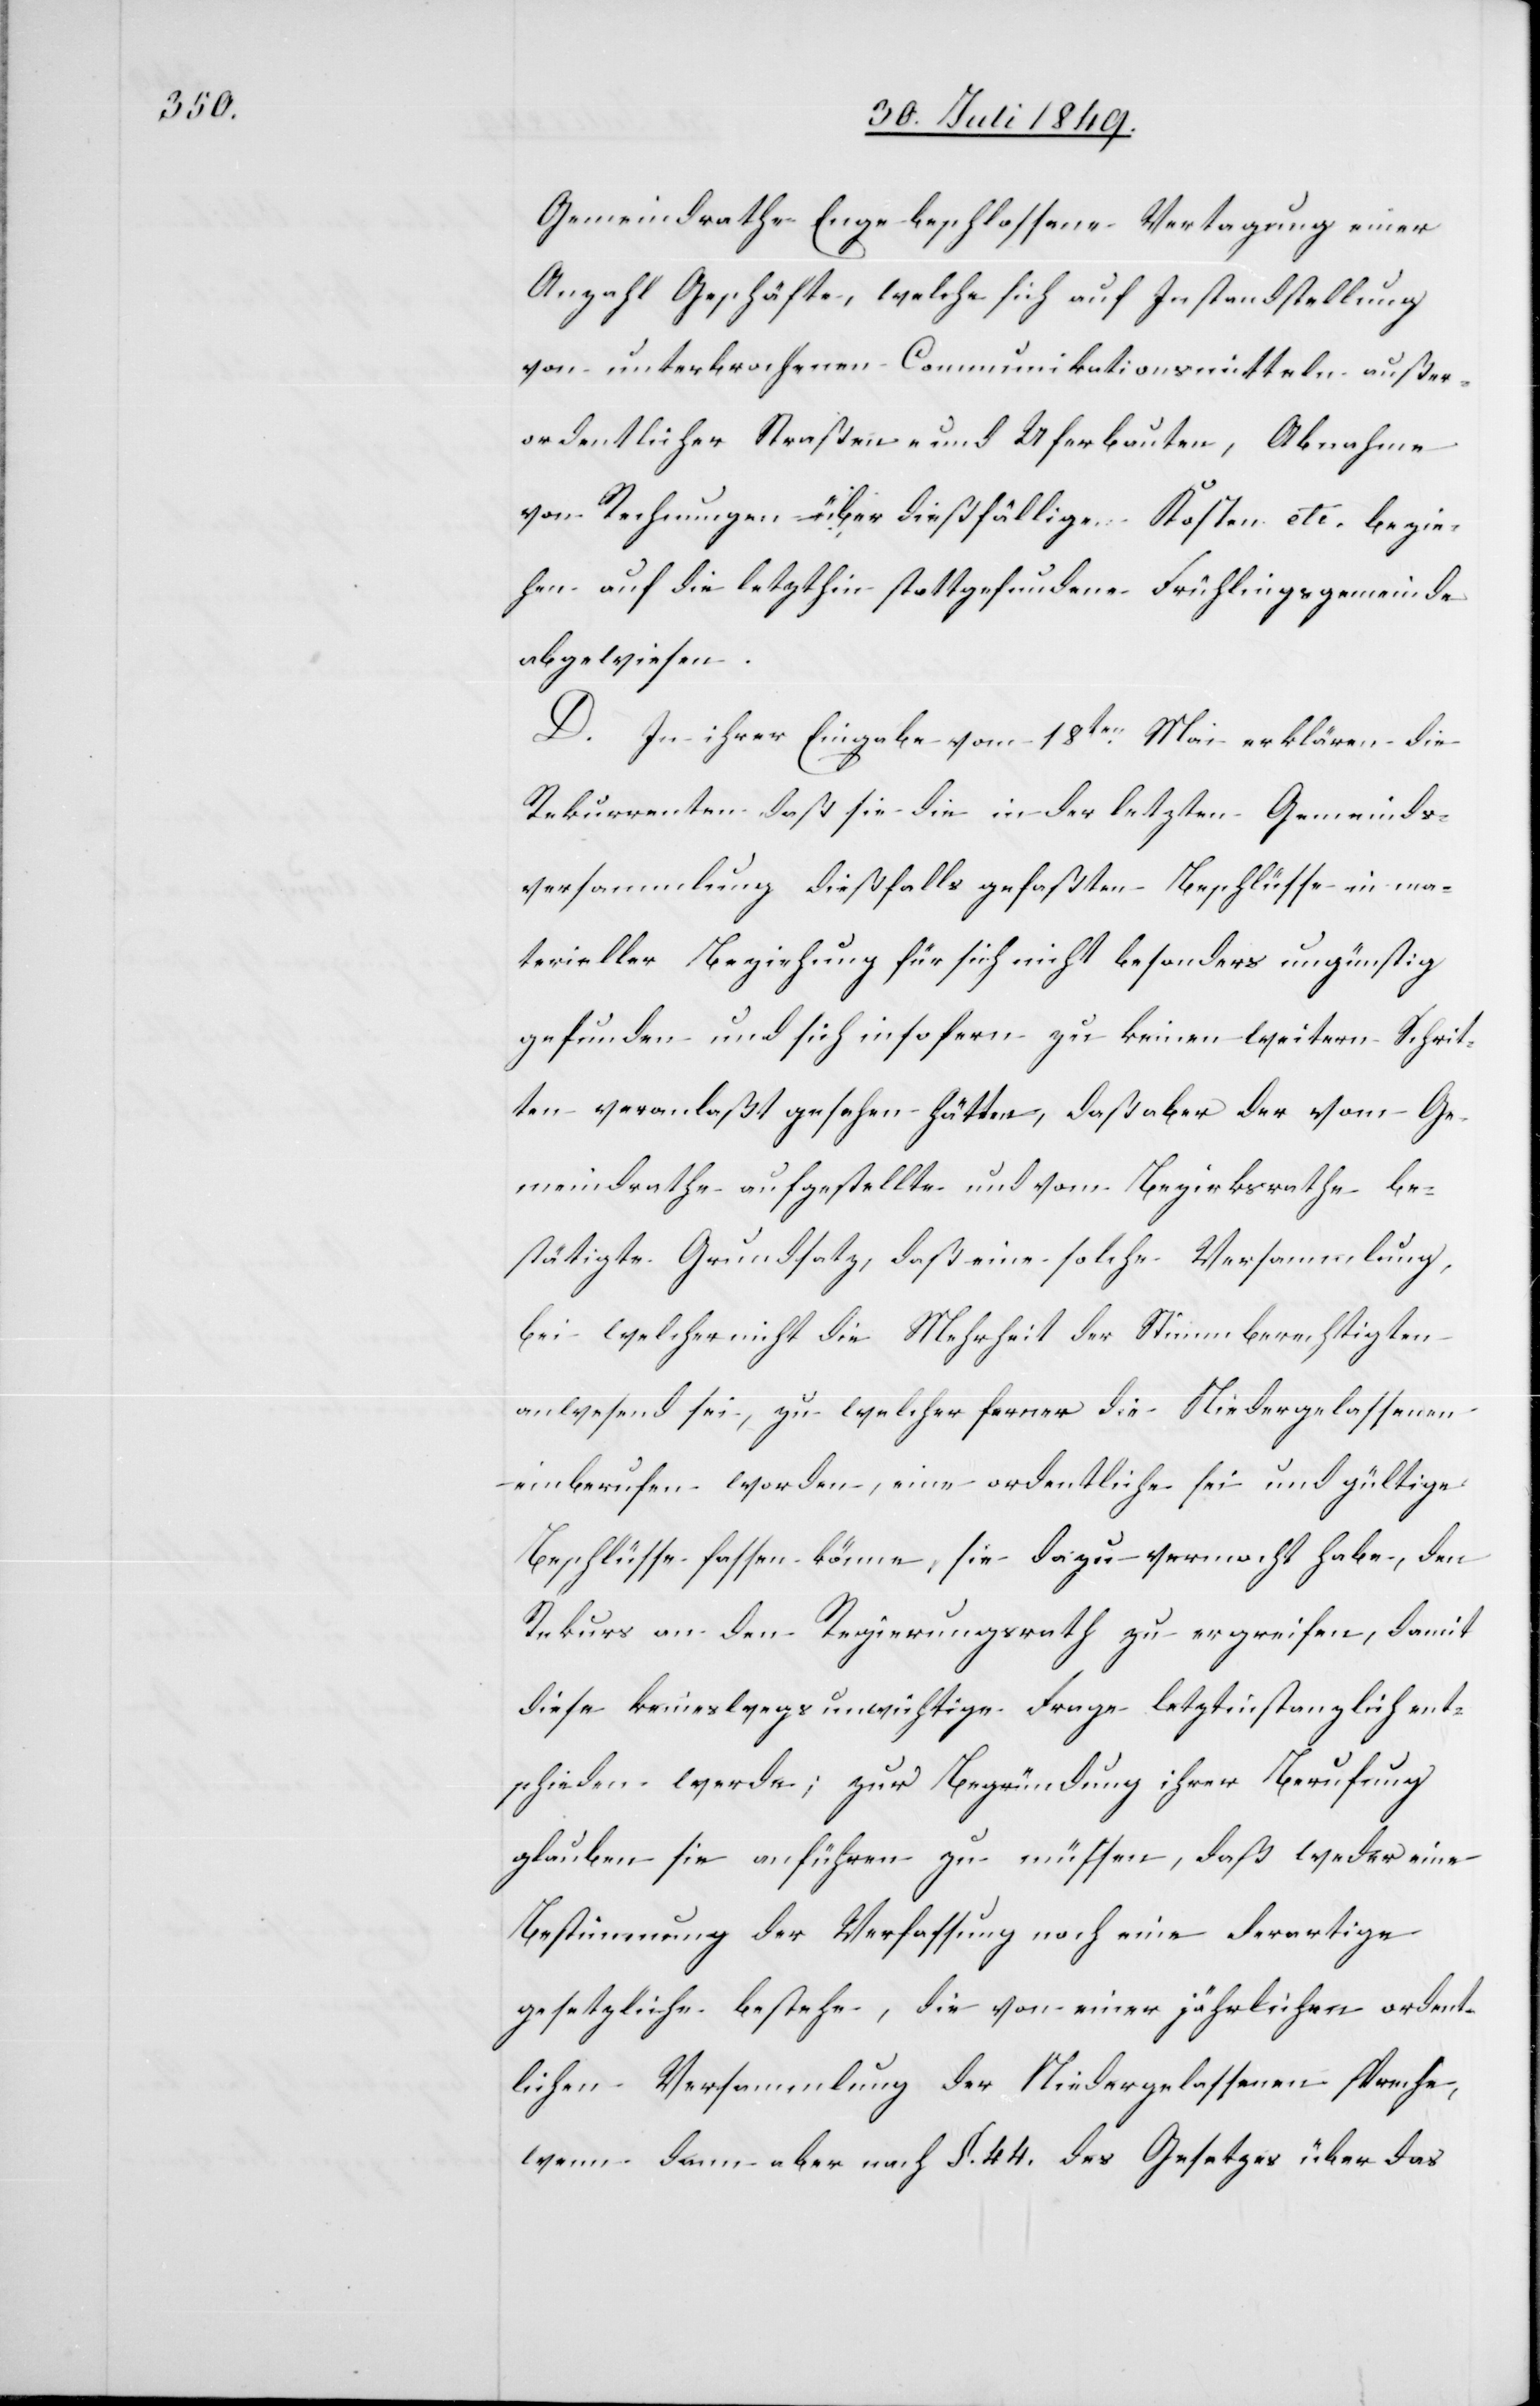
Gemeindrathe Enge beschlossene Vertagung einer
Anzahl Geschäfte, welche sich auf Instandstellung
von unterbrochenen Communikationsmitteln außer¬
ordentlicher Straßen- und Uferbauten, Abnahme
von Rechnungen über dießfällige Kosten etc. bezie¬
hen auf die letzthin stattgefundene Frühlingsgemeinde
abgewiesen.
D. In ihrer Eingabe vom 18ten Mai erklären die
Rekurrenten daß sie die in der letzten Gemeinds¬
versammlung dießfalls gefaßten Beschlüsse in ma¬
terieller Beziehung für sich nicht besonders ungünstig
gefunden und sich insofern zu keinen weitern Schrit¬
ten veranlaßt gesehen hätten, daß aber der vom Ge¬
meindrathe aufgestellte und vom Bezirksrathe be¬
stätigte Grundsatz, daß eine solche Versammlung,
bei welcher nicht die Mehrheit der Stimmberechtigten
anwesend sei, zu welcher ferner die Niedergelassenen
einberufen worden, eine ordentliche sei und gültige
Beschlüsse fassen könne, sie dazu vermacht habe, den
Rekurs an den Regierungsrath zu ergreifen, damit
diese keineswegs unwichtige Frage letztinstanzlich ent¬
schieden werde; zur Begründung ihrer Berufung
glauben sie anführen zu müssen, daß weder eine
Bestimmung der Verfassung noch eine derartige
gesetzliche bestehe, die von einer jährlichen ordent¬
lichen Versammlung der Niedergelassenen spreche,
wenn dann aber nach §. 44. des Gesetzes über das